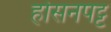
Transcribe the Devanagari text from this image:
होसनपट्ट